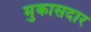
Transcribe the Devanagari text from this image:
मुकासदार